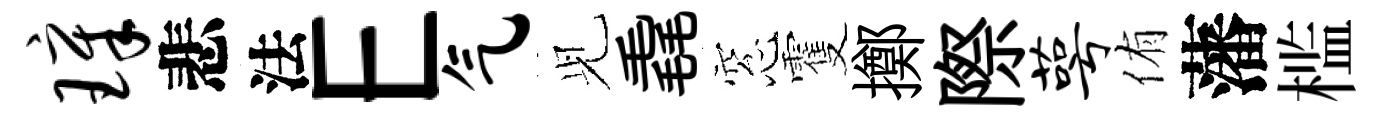
璋悲法E气𫤗毳窓䨥擲際萼侑藩槛